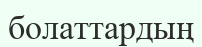
болаттардың